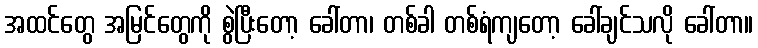
အထင်တွေ အမြင်တွေကို စွဲပြီးတော့ ခေါ်တာ၊ တစ်ခါ တစ်ရံကျတော့ ခေါ်ချင်သလို ခေါ်တာ။